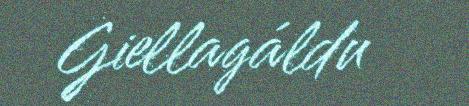
Giellagáldu